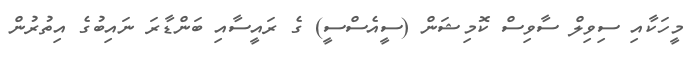
މީހަކާއި ސިވިލް ސާވިސް ކޮމިޝަން (ސީއެސްސީ) ގެ ރައީސާއި ބަންޑާރަ ނައިބުގެ އިތުރުން